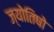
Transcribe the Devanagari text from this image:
ज्योतिषो